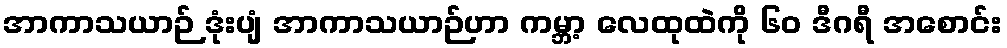
အာကာသယာဉ် ဒုံးပျံ အာကာသယာဉ်ဟာ ကမ္ဘာ့ လေထုထဲကို ၆၀ ဒီဂရီ အစောင်း